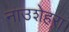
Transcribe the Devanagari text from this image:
नाउशेहरा